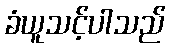
ခံယူသင့်ပါသည်